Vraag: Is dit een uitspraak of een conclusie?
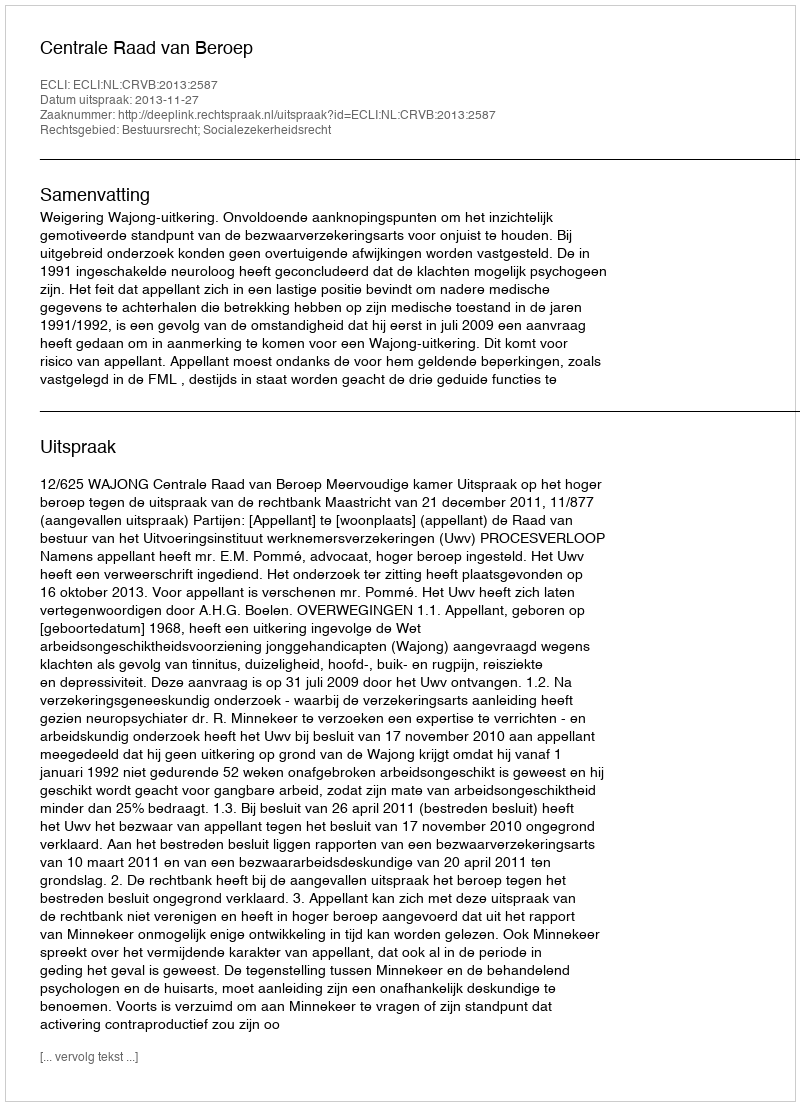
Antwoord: Uitspraak